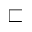
\sqsubset